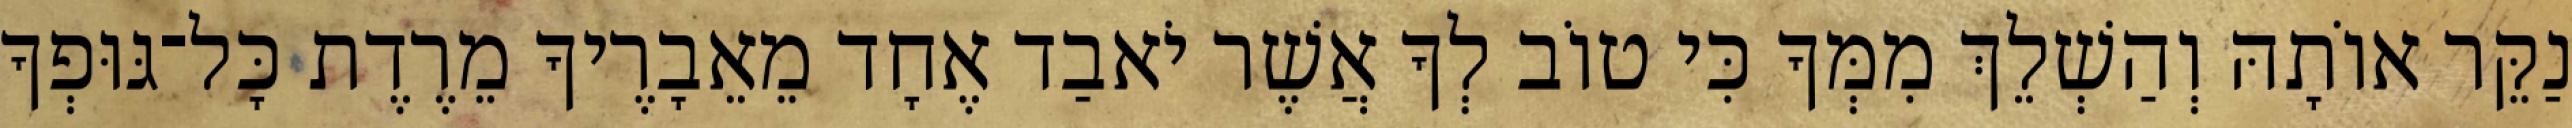
נַקֵּר אוֹתָהּ וְהַשְׁלֵךְ מִמְּךָ כִּי טוֹב לְךָ אֲשֶׁר יֹאבַד אֶחָד מֵאֵבָרֶיךָ מֵרֶדֶת כָּל־גּוּפְךָ